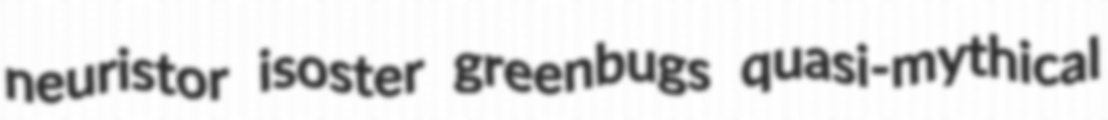
neuristor isoster greenbugs quasi-mythical